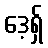
ဒေ့ရှ်